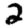
Digit: 2